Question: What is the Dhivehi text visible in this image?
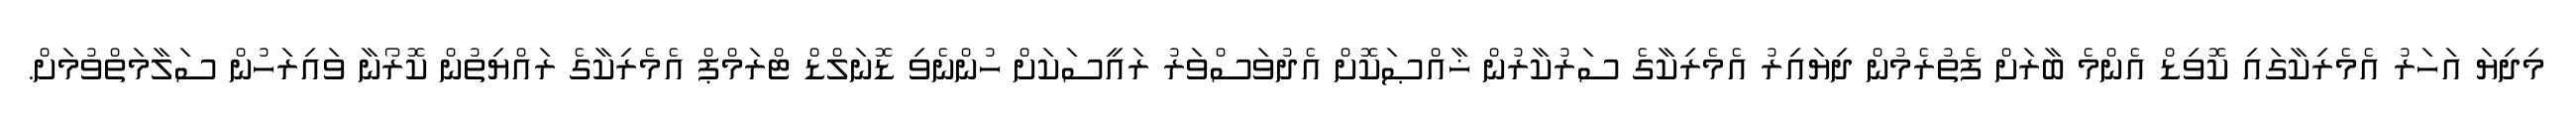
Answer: މިދިޔަ އަހަރު އެމެރިކާގައި ކޮވިޑް އެންމެ ބާރަށް ފެތުރެމުން ދިޔައިރު އެމެރިކާގެ ސަރުކާރުން ޚާއްޞަކޮށް އެދުވަސްވަރު ރައީސަކަށް ހުންނެވި ޑޮނަލްޑް ޓްރަމްޕް އެމެރިކާގެ ރައްޔިތުން ކޮރޯނާ ވައިރަހުން ސަލާމަތްވުމަށް.